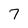
Character: 7